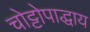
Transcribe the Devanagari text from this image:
चोट्टोपाद्धाय